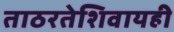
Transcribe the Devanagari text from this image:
ताठरतेशिवायही